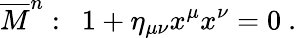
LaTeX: \overline{{{M}}}^{n}:~~1+\eta_{\mu\nu}x^{\mu}x^{\nu}=0~.